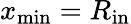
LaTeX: x_{\mathrm{min}}=R_{\mathrm{in}}